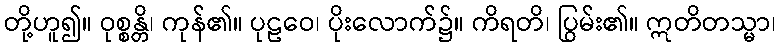
တို့ဟူ၍။ ဝုစ္စန္တိ၊ ကုန်၏။ ပုဠဝေ၊ ပိုးလောက်၌။ ကိရတိ၊ ပြွမ်း၏။ ဣတိတသ္မာ၊